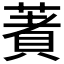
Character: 𦹘